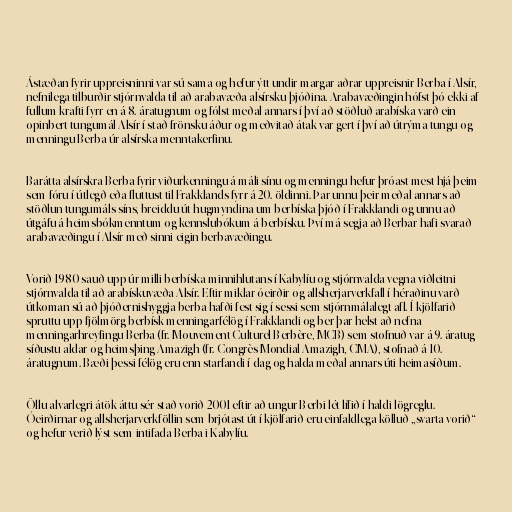
Ástæðan fyrir uppreisninni var sú sama og hefur ýtt undir margar aðrar uppreisnir Berba í Alsír,
nefnilega tilburðir stjórnvalda til að arabavæða alsírsku þjóðina. Arabavæðingin hófst þó ekki af
fullum krafti fyrr en á 8. áratugnum og fólst meðal annars í því að stöðluð arabíska varð ein
opinbert tungumál Alsír í stað frönsku áður og meðvitað átak var gert í því að útrýma tungu og
menningu Berba úr alsírska menntakerfinu.

Barátta alsírskra Berba fyrir viðurkenningu á máli sínu og menningu hefur þróast mest hjá þeim
sem fóru í útlegð eða fluttust til Frakklands fyrr á 20. öldinni. Þar unnu þeir meðal annars að
stöðlun tungumáls síns, breiddu út hugmyndina um berbíska þjóð í Frakklandi og unnu að
útgáfu á heimsbókmenntum og kennslubókum á berbísku. Því má segja að Berbar hafi svarað
arabavæðingu í Alsír með sinni eigin berbavæðingu.

Vorið 1980 sauð upp úr milli berbíska minnihlutans í Kabylíu og stjórnvalda vegna viðleitni
stjórnvalda til að arabískuvæða Alsír. Eftir miklar óeirðir og allsherjarverkfall í héraðinu varð
útkoman sú að þjóðernishyggja berba hafði fest sig í sessi sem stjórnmálalegt afl. Í kjölfarið
spruttu upp fjölmörg berbísk menningarfélög í Frakklandi og ber þar helst að nefna
menningarhreyfingu Berba (fr. Mouvement Culturel Berbère, MCB) sem stofnuð var á 9. áratug
síðustu aldar og heimsþing Amazigh (fr. Congrès Mondial Amazigh, CMA), stofnað á 10.
áratugnum. Bæði þessi félög eru enn starfandi í dag og halda meðal annars úti heimasíðum.

Öllu alvarlegri átök áttu sér stað vorið 2001 eftir að ungur Berbi lét lífið í haldi lögreglu.
Óeirðirnar og allsherjarverkföllin sem brjótast út í kjölfarið eru einfaldlega kölluð „svarta vorið“
og hefur verið lýst sem intifada Berba i Kabylíu.